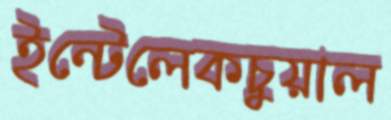
ইন্টেলেকচুয়াল